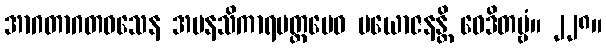
အာဂတာဂတဝသေန အမနသိကာရမတ္တမေဝ ပယောဇနန္တိ ဝေဒိတဗ္ဗံ။ ၂၂၈။